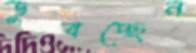
ডুবচ্ছেন